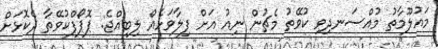
މައުލޫމާތު މުއްސަނދިވި ކުވޭތު މެޗުން ނިއު އަށް ފިލާވަޅެއް ލިބިއްޖެ: ޕޮޕޯފްކުވޭތާ ދެކޮޅަށް